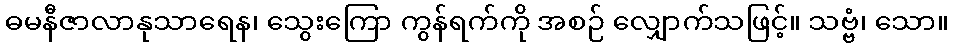
ဓမနီဇာလာနုသာရေန၊ သွေးကြော ကွန်ရက်ကို အစဉ် လျှောက်သဖြင့်။ သဗ္ဗံ၊ သော။